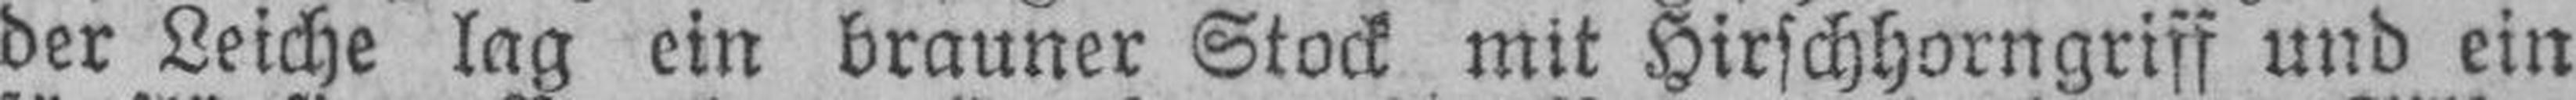
der Leiche lag ein brauner Stock mit Hirschhorngriff und ein